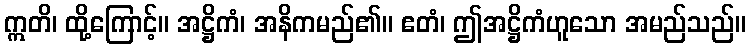
ဣတိ၊ ထို့ကြောင့်။ အဋ္ဌိကံ၊ အနိကမည်၏။ ဧတံ၊ ဤအဋ္ဌိကံဟူသော အမည်သည်။